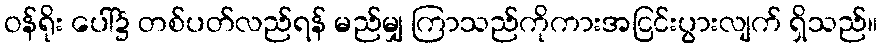
ဝန်ရိုး ပေါ်၌ တစ်ပတ်လည်ရန် မည်မျှ ကြာသည်ကိုကားအငြင်းပွားလျက် ရှိသည်။